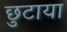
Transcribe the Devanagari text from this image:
छुटाया